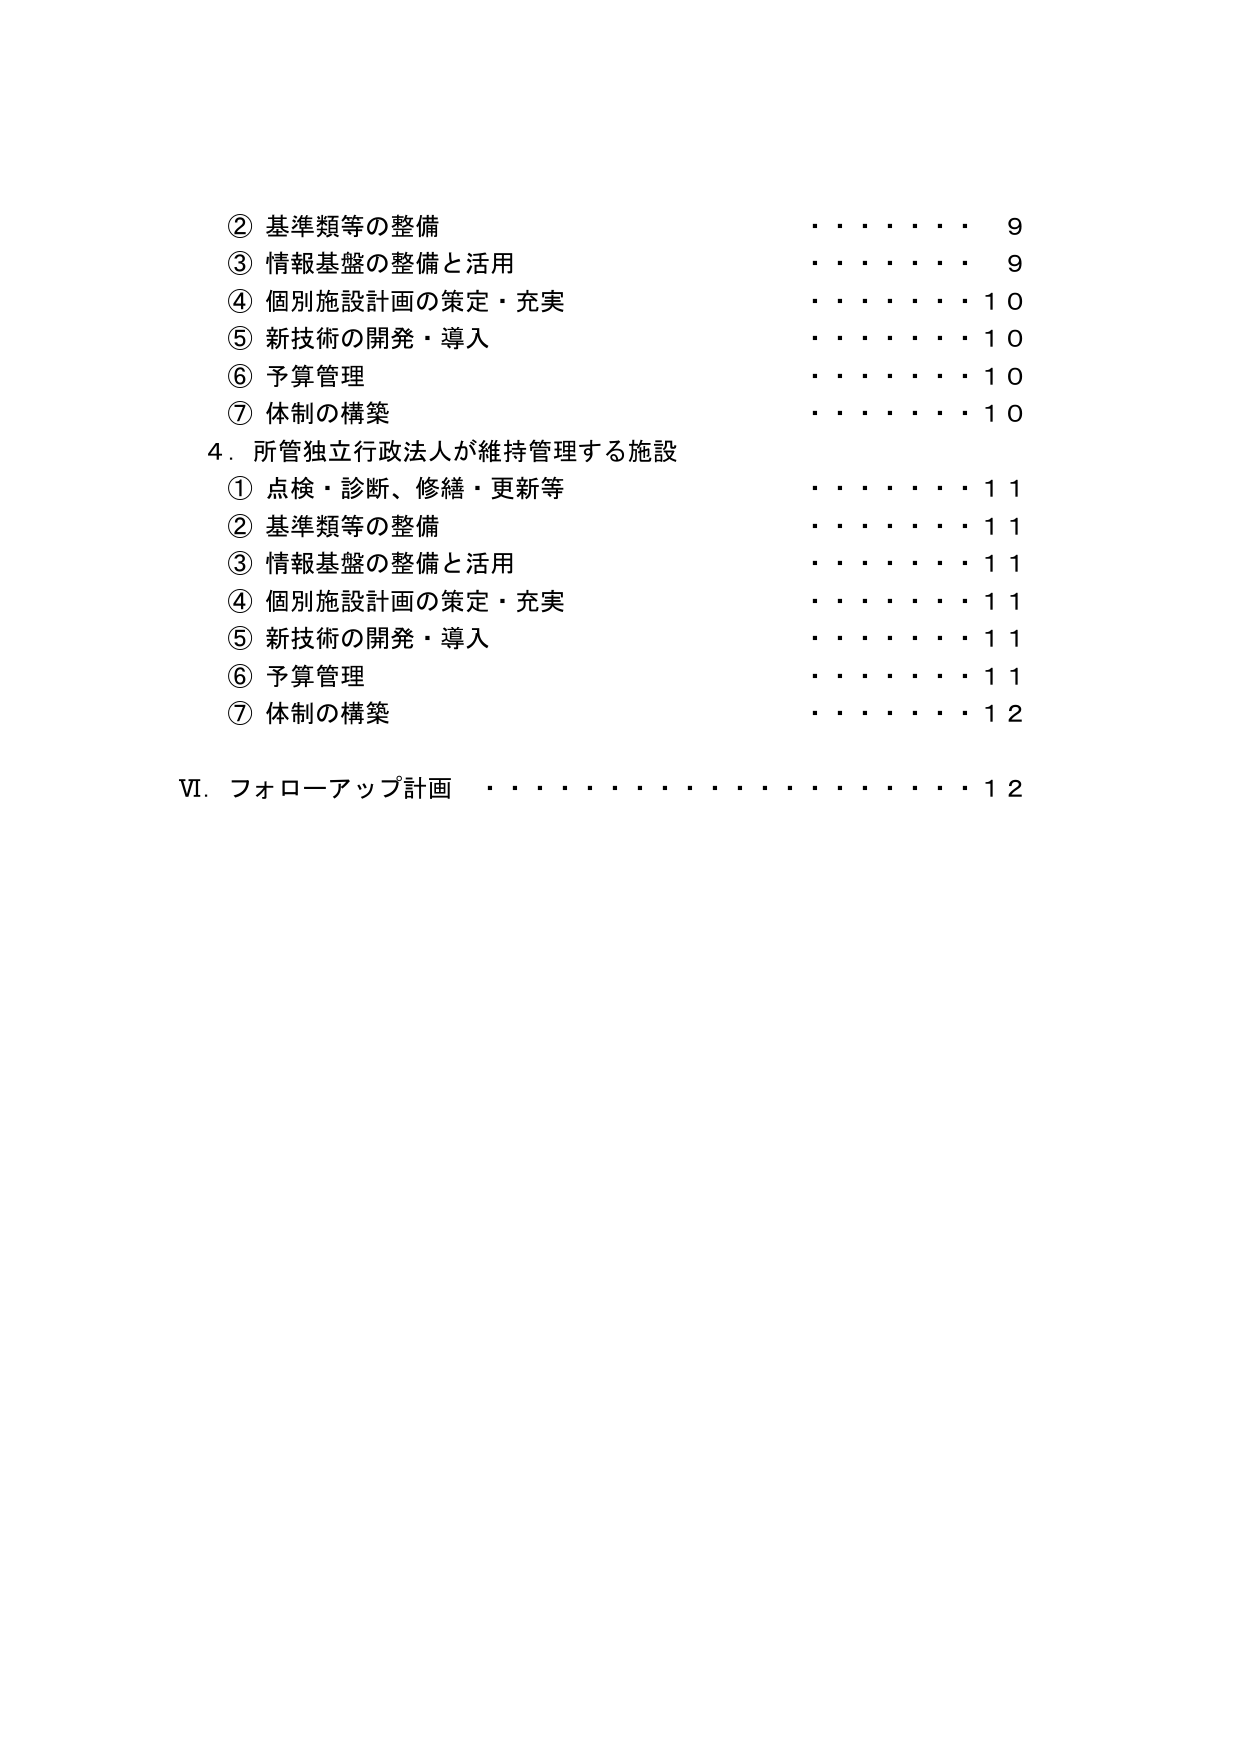
② 基準類等の整備 ・・・・・・・・ 9
③ 情報基盤の整備と活用 ・・・・・・・・ 9
④ 個別施設計画の策定・充実 ・・・・・・・・ 10
⑤ 新技術の開発・導入 ・・・・・・・・ 10
⑥ 予算管理 ・・・・・・・・ 10
⑦ 体制の構築 ・・・・・・・・ 10
4．所管独立行政法人が維持管理する施設
① 点検・診断、修繕・更新等 ・・・・・・・・ 11
② 基準類等の整備 ・・・・・・・・ 11
③ 情報基盤の整備と活用 ・・・・・・・・ 11
④ 個別施設計画の策定・充実 ・・・・・・・・ 11
⑤ 新技術の開発・導入 ・・・・・・・・ 11
⑥ 予算管理 ・・・・・・・・ 11
⑦ 体制の構築 ・・・・・・・・ 12
VI．フォローアップ計画 ・・・・・・・・・・・・・・・・ 12